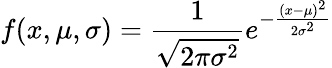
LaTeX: f(x,\mu,\sigma)={\frac{1}{\sqrt{2\pi\sigma^{2}}}}e^{-{\frac{(x-\mu)^{2}}{2\sigma^{2}}}}